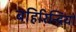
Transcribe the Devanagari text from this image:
बहिरिन्द्रियों